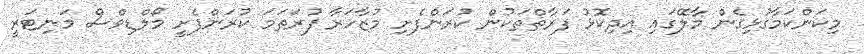
މިކަންކަމާގުޅިގެން މާލޭގައި އިދިކޮޅު ފަރާތްތަކުން ކުރަންފެށި މުޒާހަރާ ފުރަތަމަ ކުރަންފެށީ މޯލްޑިވްސް މަނިޓަރީ